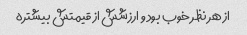
از هر نظر خوب بود و ارزشش از قیمتش بیشتره